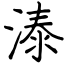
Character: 溙